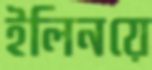
ইলিনয়ে